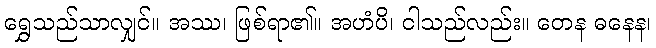
ရွှေသည်သာလျှင်။ အဿ၊ ဖြစ်ရာ၏။ အဟံပိ၊ ငါသည်လည်း။ တေန ဓနေန၊